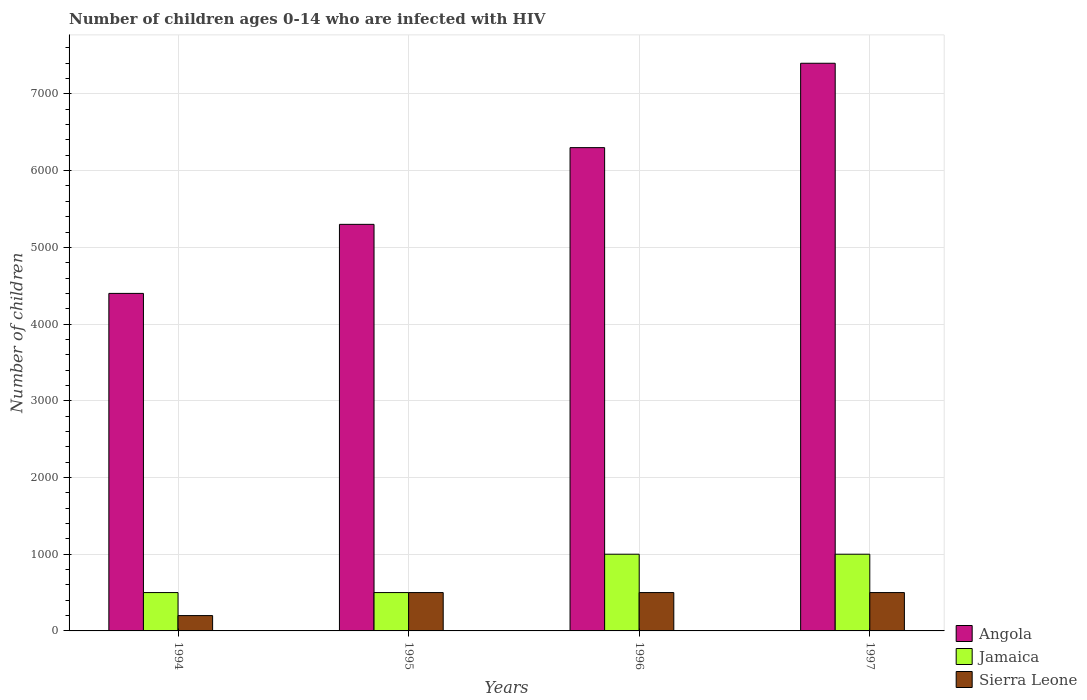
| Years | Angola | Jamaica | Sierra Leone |
 | --- | --- | --- | --- |
 | 1994 | 4.4e+03 | 500 | 200 |
 | 1995 | 5.3e+03 | 500 | 500 |
 | 1996 | 6.3e+03 | 1e+03 | 500 |
 | 1997 | 7.4e+03 | 1e+03 | 500 |